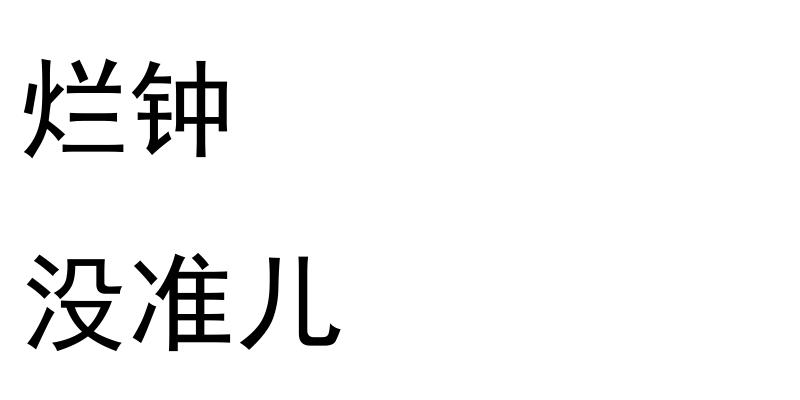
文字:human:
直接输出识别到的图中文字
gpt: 烂钟 没准儿